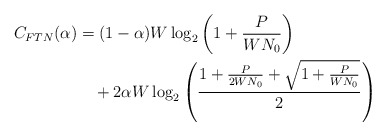
\begin{align*}C_{FTN} (\alpha) &= (1-\alpha)W \log_{2} \left( 1 + \frac{P}{WN_{0}}\right) \\ &\quad+ 2\alpha W \log_{2} \left( \frac{1+\frac{P}{2WN_{0}}+\sqrt{1+\frac{P}{WN_{0}}}}{2}\right)\end{align*}